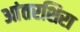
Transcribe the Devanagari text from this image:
आंतरशिरा